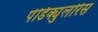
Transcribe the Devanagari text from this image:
पेडिक्युलरिस